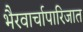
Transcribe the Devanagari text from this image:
भैरवार्चापारिजात